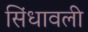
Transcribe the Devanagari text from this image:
सिंधावली